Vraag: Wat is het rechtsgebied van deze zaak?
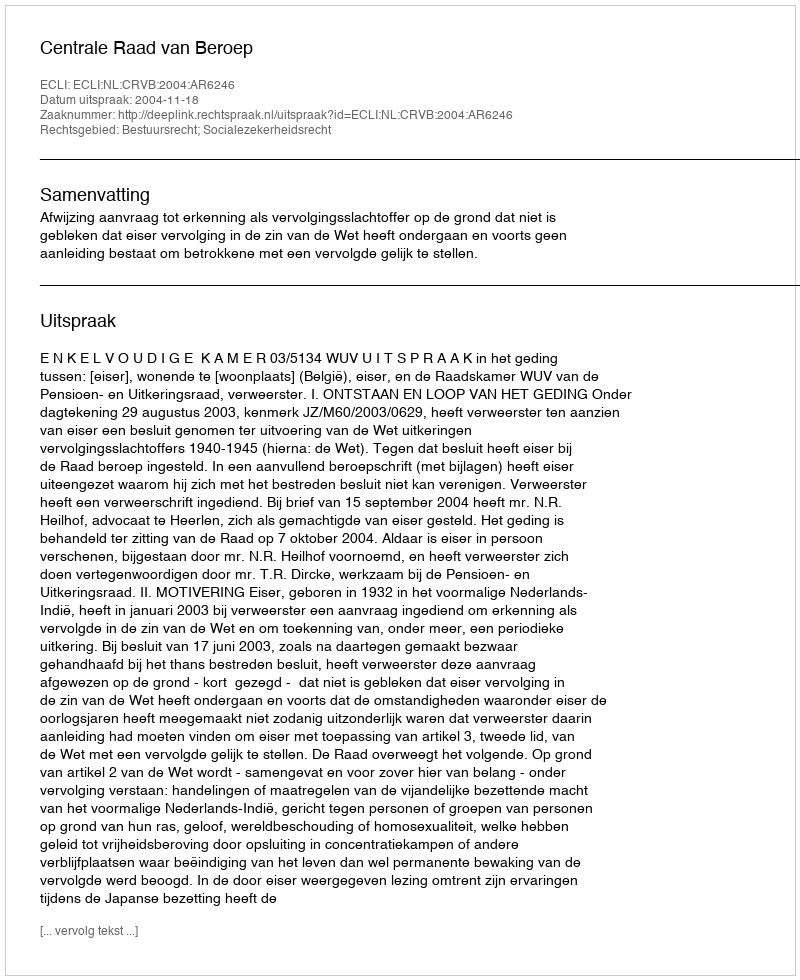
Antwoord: Bestuursrecht; Socialezekerheidsrecht